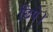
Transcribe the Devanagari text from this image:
छिपे।